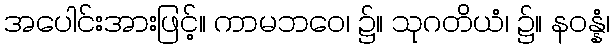
အပေါင်းအားဖြင့်။ ကာမဘဝေ၊ ၌။ သုဂတိယံ၊ ၌။ နဝန္နံ၊